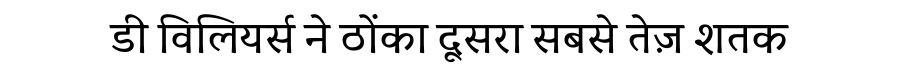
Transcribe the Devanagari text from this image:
डी विलियर्स ने ठोंका दूसरा सबसे तेज़ शतक